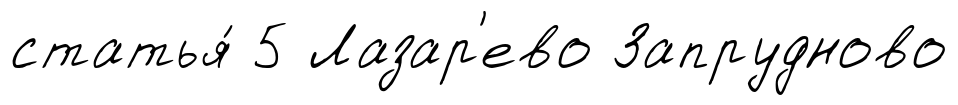
статья́ 5 Лазар'ево Запрудново